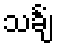
သင်္ချံ